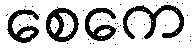
စေကေ